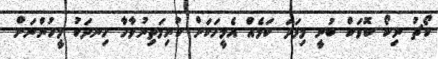
ކޯޗު ނިކޯ ކޮވަކް ބުނީ މިފަދަ ކަމެއް އެމީހަކަށް ކުރިމަތިނުވާހާ ހިނދަކު މީހުންނަށް